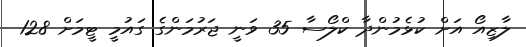
ލާޒިއޯ އަށް ކުޅެމުންދާ ކްލޯސާ 35 ވަނީ ޖަރުމަންގެ ގައުމީ ޓީމަށް 128